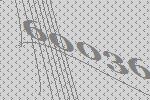
60036